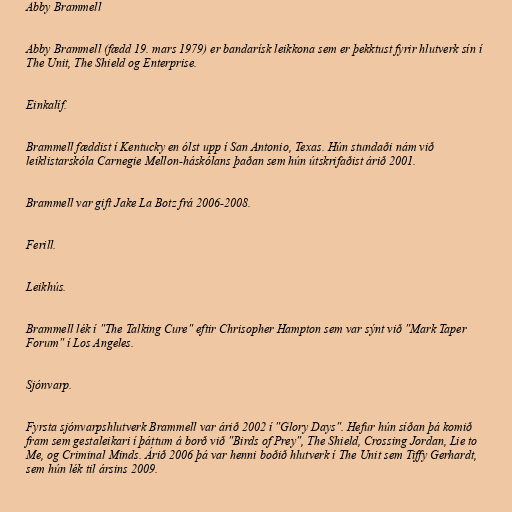
Abby Brammell

Abby Brammell (fædd 19. mars 1979) er bandarísk leikkona sem er þekktust fyrir hlutverk sín í
The Unit, The Shield og Enterprise.

Einkalíf.

Brammell fæddist í Kentucky en ólst upp í San Antonio, Texas. Hún stundaði nám við
leiklistarskóla Carnegie Mellon-háskólans þaðan sem hún útskrifaðist árið 2001.

Brammell var gift Jake La Botz frá 2006-2008.

Ferill.

Leikhús.

Brammell lék í "The Talking Cure" eftir Chrisopher Hampton sem var sýnt við "Mark Taper
Forum" í Los Angeles.

Sjónvarp.

Fyrsta sjónvarpshlutverk Brammell var árið 2002 í "Glory Days". Hefur hún síðan þá komið
fram sem gestaleikari í þáttum á borð við "Birds of Prey", The Shield, Crossing Jordan, Lie to
Me, og Criminal Minds. Árið 2006 þá var henni boðið hlutverk í The Unit sem Tiffy Gerhardt,
sem hún lék til ársins 2009.